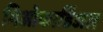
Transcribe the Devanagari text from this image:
मिओकार्डिअल